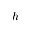
h